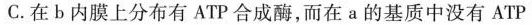
C.在b内膜上分布有ATP合成酶，而在a的基质中没有ATP